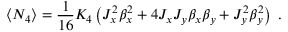
\langle N _ { 4 } \rangle = \frac { 1 } { 1 6 } K _ { 4 } \left( J _ { x } ^ { 2 } \beta _ { x } ^ { 2 } + 4 J _ { x } J _ { y } \beta _ { x } \beta _ { y } + J _ { y } ^ { 2 } \beta _ { y } ^ { 2 } \right) \; .